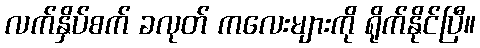
လက်နှိပ်စက် ခလုတ် ကလေးများကို ရိုက်နိုင်ပြီ။